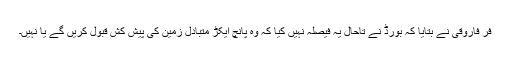
فر فاروقی نے بتایا کہ بورڈ نے تاحال یہ فیصلہ نہیں کیا کہ وہ پانچ ایکڑ متبادل زمین کی پیش کش قبول کریں گے یا نہیں۔